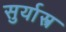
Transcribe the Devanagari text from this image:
सुर्यास्त्र